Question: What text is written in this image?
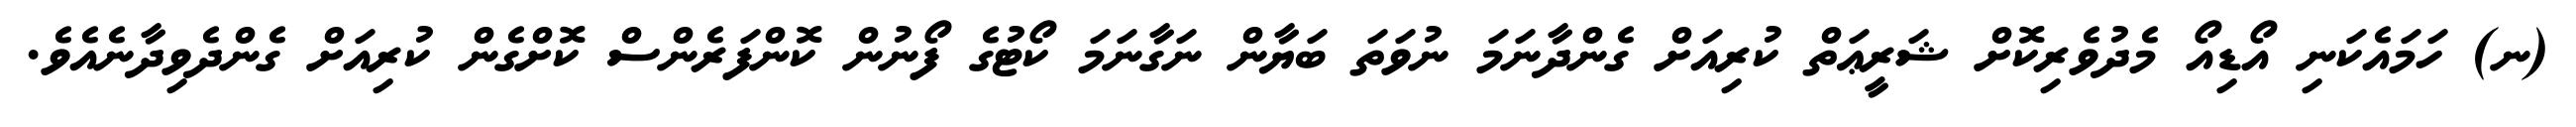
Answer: (ނ) ހަމައެކަނި އޯޑިއޯ މެދުވެރިކޮށް ޝަރީޢަތް ކުރިއަށް ގެންދާނަމަ ނުވަތަ ބަޔާން ނަގާނަމަ ކޯޓުގެ ފޯނުން ކޮންފަރެންސް ކޮށްގެން ކުރިއަށް ގެންދެވިދާނެއެވެ.